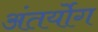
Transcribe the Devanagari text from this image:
अंतर्योग